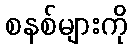
စနစ်များကို